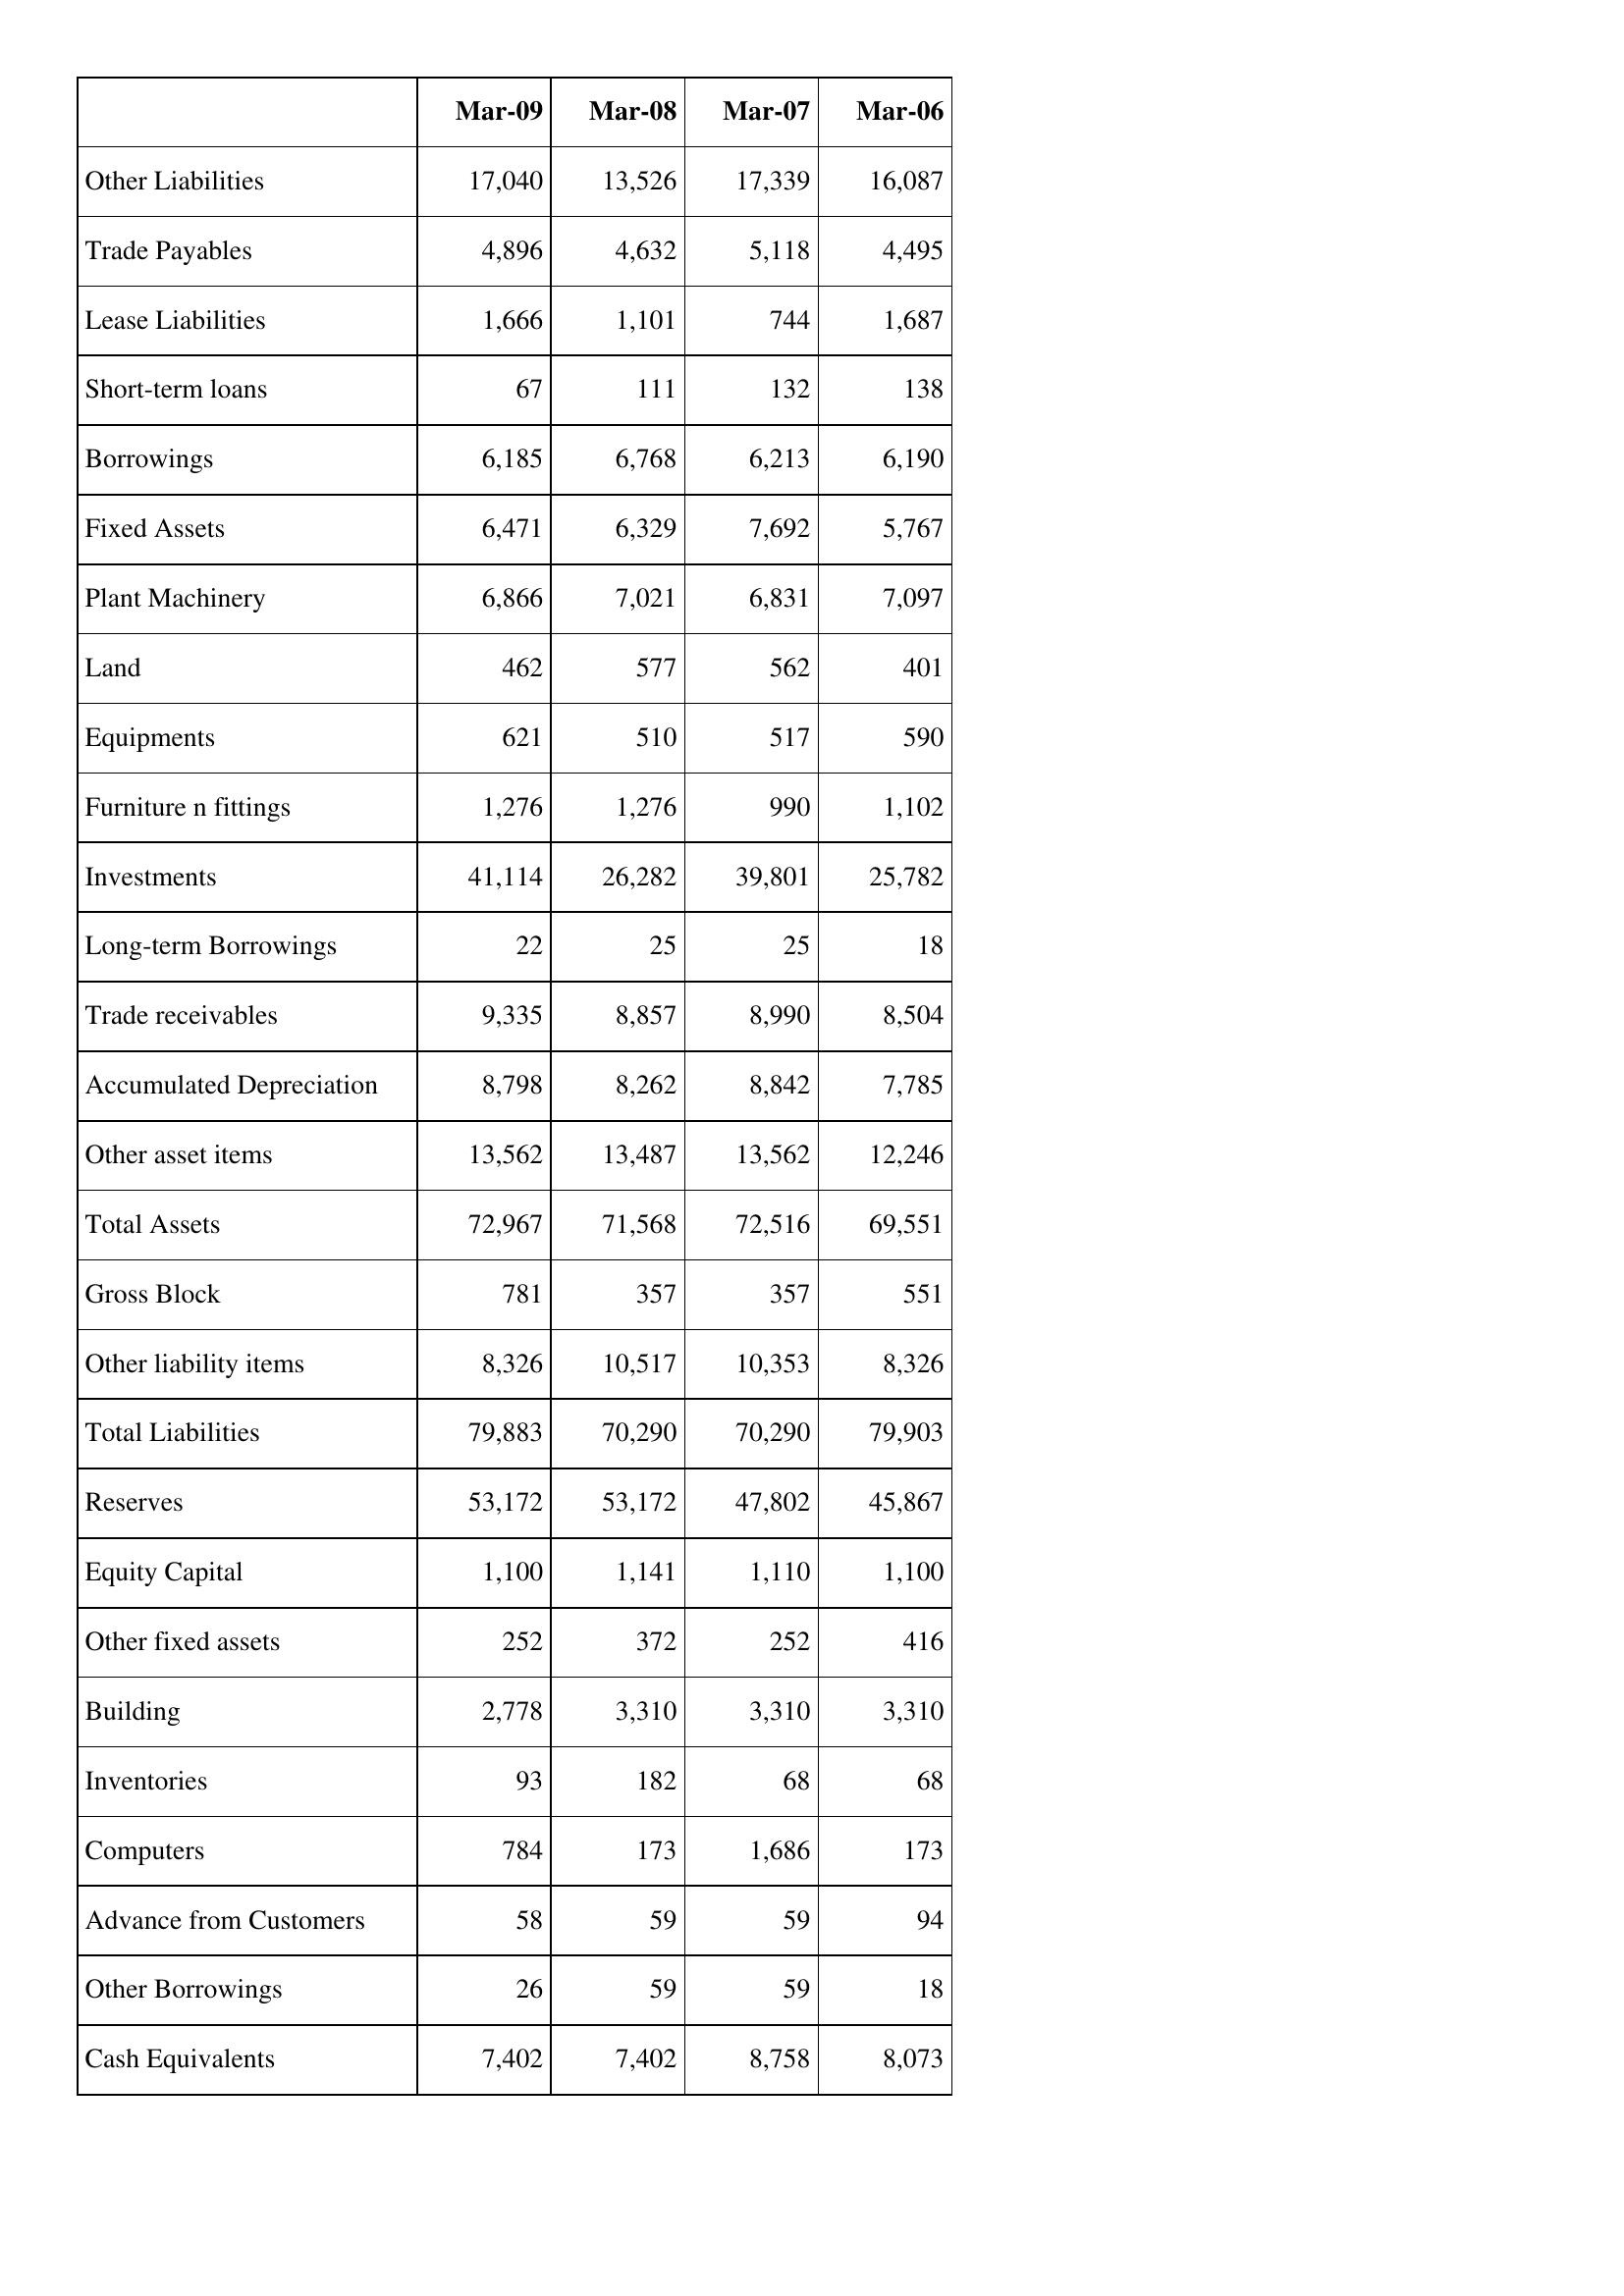
Mar-09: Balance Sheet: Other Liabilities: 17,040
Trade Payables: 4,896
Lease Liabilities: 1,666
Short-term loans: 67
Borrowings: 6,185
Fixed Assets: 6,471
Plant Machinery: 6,866
Land: 462
Equipments: 621
Furniture n fittings: 1,276
Investments: 41,114
Long-term Borrowings: 22
Trade receivables: 9,335
Accumulated Depreciation: 8,798
Other asset items: 13,562
Total Assets: 72,967
Gross Block: 781
Other liability items: 8,326
Total Liabilities: 79,883
Reserves: 53,172
Equity Capital: 1,100
Other fixed assets: 252
Building: 2,778
Inventories: 93
Computers: 784
Advance from Customers: 58
Other Borrowings: 26
Cash Equivalents: 7,402
Mar-08: Balance Sheet: Other Liabilities: 13,526
Trade Payables: 4,632
Lease Liabilities: 1,101
Short-term loans: 111
Borrowings: 6,768
Fixed Assets: 6,329
Plant Machinery: 7,021
Land: 577
Equipments: 510
Furniture n fittings: 1,276
Investments: 26,282
Long-term Borrowings: 25
Trade receivables: 8,857
Accumulated Depreciation: 8,262
Other asset items: 13,487
Total Assets: 71,568
Gross Block: 357
Other liability items: 10,517
Total Liabilities: 70,290
Reserves: 53,172
Equity Capital: 1,141
Other fixed assets: 372
Building: 3,310
Inventories: 182
Computers: 173
Advance from Customers: 59
Other Borrowings: 59
Cash Equivalents: 7,402
Mar-07: Balance Sheet: Other Liabilities: 17,339
Trade Payables: 5,118
Lease Liabilities: 744
Short-term loans: 132
Borrowings: 6,213
Fixed Assets: 7,692
Plant Machinery: 6,831
Land: 562
Equipments: 517
Furniture n fittings: 990
Investments: 39,801
Long-term Borrowings: 25
Trade receivables: 8,990
Accumulated Depreciation: 8,842
Other asset items: 13,562
Total Assets: 72,516
Gross Block: 357
Other liability items: 10,353
Total Liabilities: 70,290
Reserves: 47,802
Equity Capital: 1,110
Other fixed assets: 252
Building: 3,310
Inventories: 68
Computers: 1,686
Advance from Customers: 59
Other Borrowings: 59
Cash Equivalents: 8,758
Mar-06: Balance Sheet: Other Liabilities: 16,087
Trade Payables: 4,495
Lease Liabilities: 1,687
Short-term loans: 138
Borrowings: 6,190
Fixed Assets: 5,767
Plant Machinery: 7,097
Land: 401
Equipments: 590
Furniture n fittings: 1,102
Investments: 25,782
Long-term Borrowings: 18
Trade receivables: 8,504
Accumulated Depreciation: 7,785
Other asset items: 12,246
Total Assets: 69,551
Gross Block: 551
Other liability items: 8,326
Total Liabilities: 79,903
Reserves: 45,867
Equity Capital: 1,100
Other fixed assets: 416
Building: 3,310
Inventories: 68
Computers: 173
Advance from Customers: 94
Other Borrowings: 18
Cash Equivalents: 8,073